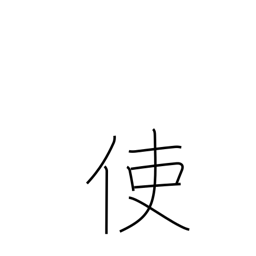
Meaning: send on a mission